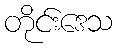
တိုင်းဒေသ